Report on plague and inoculation in the Punjab from October 1st ... to September 30th..., being the ... season of plague in the province
Disease focus: Plague
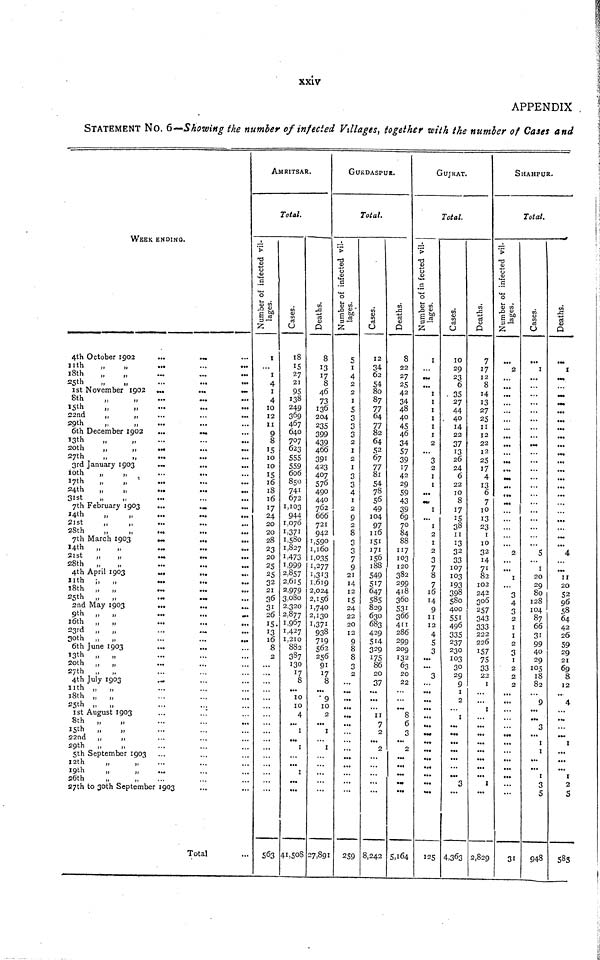
xxiv
APPENDIX
STATEMENT NO. 6—Showing the number of infected Villages, together with the number of Cases and
WEEK ENDING.
4th October 1902
11th
,,
„
18th
„
„
25th
„
„
1st November 1902
8th „ „
15th „ „
22nd
„
„
29th
„
„
6th December 1902
13th „ „
20th
„
„
27th
„
„
3rd January 1903
10th
„
,,
17th
,,
,,
24th
„
„
31st
„
„
7th February 1903
14th
„
„
21st
„
,,
28th
„
7th March 1903
14th „
21st
„
„
28th „
„
4th April 1903
11th „ „
18th „ „
25th „ „
2nd May 1903
9th „ „
16th „ „
23rd „ „
30th „ „
6th June 1903
13th „ „
20th „ „
27th „ „
4th July 1903
11th „ „
18th „ „
25th „ „
1st August 1903
8th „ „
15th „ „
22nd ,,
„
29th „
,,
5th September 1903
12th „ „
19th
„
„
26th „ „
...
...
...
...
...
...
...
...
...
...
...
...
...
...
...
...
...
...
...
...
...
...
...
...
...
...
...
...
...
...
...
...
...
...
...
...
...
...
...
...
...
...
......
...
...
...
...
...
...
......
...
27th to 30th September 1903
... ......
...
...
...
...
...
...
...
...
...
...
...
...
...
...
...
...
...
...
...
...
...
...
...
...
...
...
...
...
...
...
...
...
...
...
...
...
...
...
...
...
...
...
...
...
...
...
...
...
...
...
Total
...
...
...
...
...
...
...
...
...
...
...
...
...
...
...
...
...
...
...
...
...
...
...
...
...
...
...
...
...
...
...
...
...
...
...
...
...
...
...
...
...
...
...
...
...
...
...
...
...
...
...
...
...
AMRITSAR.
Total.
Number of infected vil-
lages.
1
... 1
4
1
4
10
12
11
9
8
15
10
10
15
16
18
16
17
24
20
20
28
23
20
25
25
32
21
36
31
26
15
13
16
8
2
...
...
...
...
...
...
...
...
...
...
...
...
...
...
...
...
563
Cases.
18
15
27
21
95
138
249
369
467
640
707
623
555
559
606
850
741
672
1,103
944
1,070
1,371
1,580
1,827
1,473
1,999
2,857
2,615
2,979
3,080
2,320
2,877
1,967
1,427
1,210
882
387
130
17
8
...
10
10
4
...
1
...
1
...
...
1
...
...
41,508
Deaths.
8
13
17
8
46
73
136
204
235
399
439
466
391
423
407
576
490
440
762
666
721
942
1,590
1,160
1,035
1,277
1,313
1,619
2,024
2,156
1,740
2,130
1,371
938
719
562
256
91
17
8
...
9
10
...
...
1
...
1
...
...
...
...
...
27,891
GUKDASPUR.
Number of infected vil-
lages.
5
1
4
2
2
1
5
3
3
3
2
1
2
1
3
3
4
1
2
9
2
8
3
3
7
9
21
14
12
15
24
22
20
12
9
...
...
...
...
...
...
...
...
...
...
...
...
...*..
...
...
...
...
...
259
Total.
Cases.
12
34
62
54
80
87
77
64
77
82
64
52
67
77
81
54
78
56
49
104
97
116
151
171
156
188
549
517
647
585
829
630
683
429
514
329
175
86
20
37
...
...
...
11
...
...
...
...
...
...
...
...
...
8,242
Deaths.
8
22
27
25
42
34
48
40
45
46
34
57
39
17
42
29
59
43
39
69
70
84
88
117
103
120
382
299
418
360
531
366
411
286
299
209
132
63
20
22
...
...
...
8
6
3
...
...
...
...
...
...
...
5,164
GUJRAT.
Number of infected vil-
lages.
1
...
...
...
1
1
1
1
1
1
2
...
3
2
1
1
...
...
1
...
1
2
1
2
3
7
8
7
16
14
9
11
12
4
5
3
...
...
3
...
...
...
...
...
...
...
...
...
...
...
...
...
...
125
Total.
Cases.
10
29
23
6
35
27
44
40
14
22
37
13
26
24
6
22
10
8
17
15
38
11
13
32
33
107
103
193
398
580
400
551
496
335
237
230
103
30
29
9
1
2
...
1
...
...
...
...
...
...
...
3
...
4,363
Deaths.
7
17
12
8
14
13
27
25
11
12
22
12
25
17
4
13
6
7
10
13
23
1
10
32
14
71
82
102
242
306
257
343
333
222
226
157
75
33
22
1
...
...
1
...
...
...
...
...
...
...
...
1
...
2,829
SHAHPUR.
Number of infected vil-
lages.
...
2
...
...
...
...
...
...
...
...
...
...
...
...
...
...
...
...
...
...
...
...
...
2
...
...
1
...
3
4
3
2
1
1
2
3
1
2
2
2
...
...
...
...
...
...
...
...
...
...
...
...
...
31
Total.
Cases.
...
1
...
...
...
...
...
...
...
...
...
...
...
...
...
...
...
...
...
...
...
...
...
5
...
1
20
29
80
128
104
87
66
31
99
40
29
105
18
82
...
9
...
...
3
...
1
1
...
...
1
3
5
1 948
Deaths.
...
1
...
...
...
...
...
...
...
...
...
...
...
...
...
...
...
...
...
...
...
...
...
4
...
...
11
20
52
96
58
64
42
26
59
29
21
69
8
12
...
4
...
...
...
...
1
...
...
...
1
2
5
583